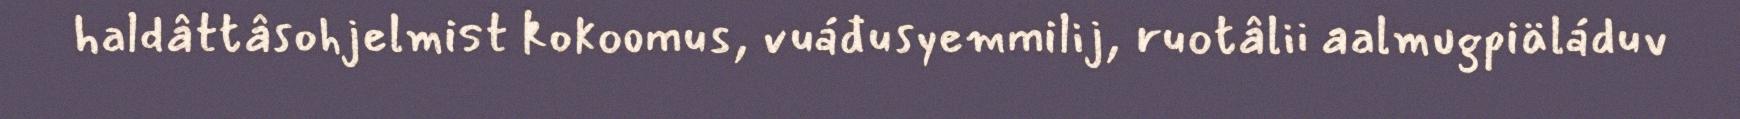
haldâttâsohjelmist kokoomus, vuáđusyemmilij, ruotâlii aalmugpiäláduv